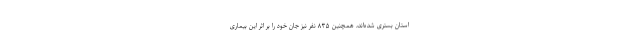
استان بستری شده‌اند، همچنین ۸۳۵ نفر نیز جان خود را بر اثر این بیماری